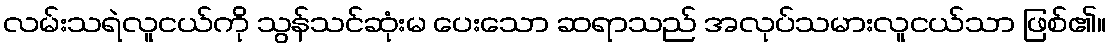
လမ်းသရဲလူငယ်ကို သွန်သင်ဆုံးမ ပေးသော ဆရာသည် အလုပ်သမားလူငယ်သာ ဖြစ်၏။